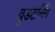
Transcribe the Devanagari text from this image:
वुडटर्निंग